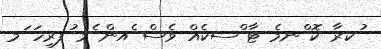
ުކރާ ކޮ ްނމެ ޓާ ްސކެއް ވެސް ެއން ެމ ުފރިހަ ަމ